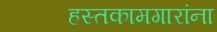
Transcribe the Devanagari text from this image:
हस्तकामगारांना